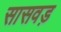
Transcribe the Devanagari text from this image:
सासवड़